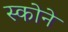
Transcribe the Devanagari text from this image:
स्कोने